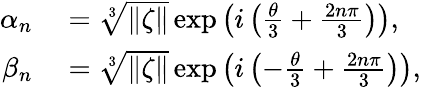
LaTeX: \begin{array}{rl}{\alpha_{n}}&{{}=\sqrt[3]{\| \zeta\| }\exp{\left(i\left(\frac{\theta}{3}+\frac{2n\pi}{3}\right)\right)},}\\ {\beta_{n}}&{{}=\sqrt[3]{\| \zeta\| }\exp{\left(i\left(-\frac{\theta}{3}+\frac{2n\pi}{3}\right)\right)},}\end{array}